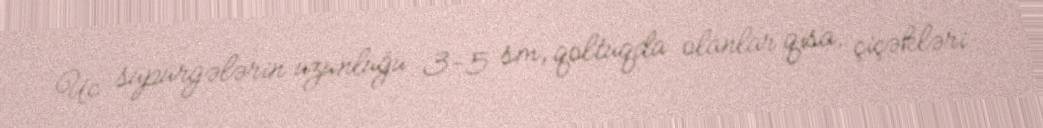
Uc süpürgələrin uzunluğu 3-5 sm, qoltuqda olanlar qısa, çiçəkləri